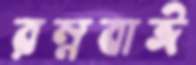
রম্নবাঈ